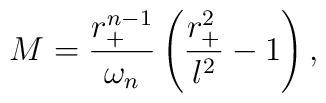
M =\frac{r_+^{n-1}}{\omega_n}\left (\frac{r_+^2}{l^2}-1\right ),